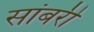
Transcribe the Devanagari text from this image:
सांबरी